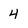
Character: 4